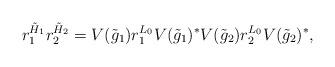
LaTeX: \begin{align*} r_1^{\tilde H_1}r_2^{\tilde H_2} = V(\tilde g_1)r_1^{L_0}V(\tilde g_1)^*V(\tilde g_2)r_2^{L_0}V(\tilde g_2)^*, \end{align*}